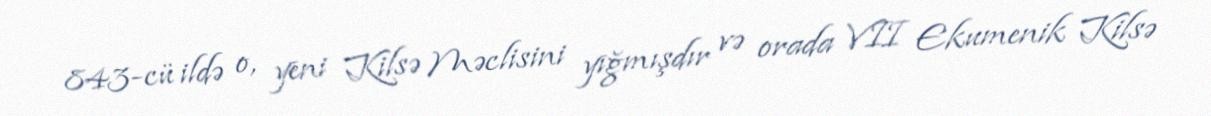
843-cü ildə o, yeni Kilsə Məclisini yığmışdır və orada VII Ekumenik Kilsə